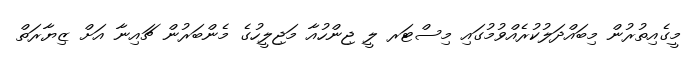
މީގެއިތުރުން މިބައްދަލުކުރެއްވުމުގައި މިސްޓަރ ލީ ޖިންހުއާ މަޖިލީހުގެ މެންބަރުން ޗައިނާ އަށް ޒިޔާރަތް